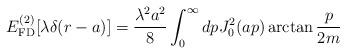
LaTeX: \begin{align*}E_{\rm FD}^{(2)}[\lambda\delta(r-a)] = \frac{\lambda^2a^2}{8}\int_0^\infty dp J_0^2(a p) \arctan\frac{p}{2m}\end{align*}